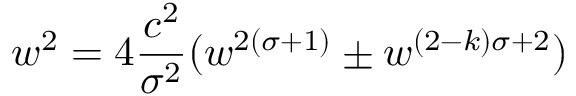
w ^ { 2 } = 4 { \frac { c ^ { 2 } } { \sigma ^ { 2 } } } ( w ^ { 2 ( \sigma + 1 ) } \pm w ^ { ( 2 - k ) \sigma + 2 } )